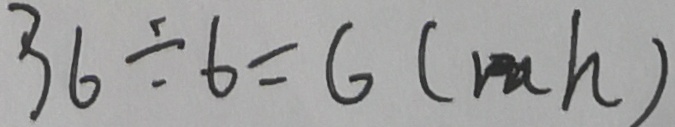
3 6 \div 6 = 6 ( m h )